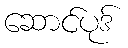
ဆောင်ပုဒ်